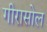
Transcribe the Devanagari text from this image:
गीरासोल